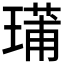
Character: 𤨳